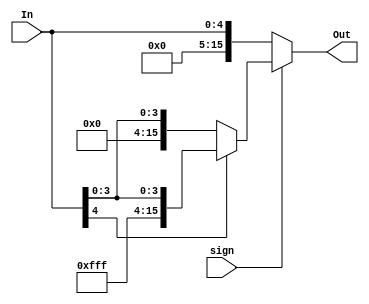
module extend5_16(In, Out, sign);

//This unit takes a 5 bit input and either sign extends or
//zero extends the input to 16bits (sign = 1 = sign extension)
input sign;
input [4:0] In;
output [15:0] Out;

assign Out = (sign == 1) ? ((In[4] == 1'b1) ? {11'h7FF,In} : {11'h000,In}) : {11'h000,In};
			                
						 							   
endmodule